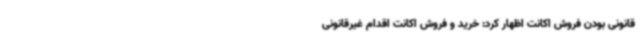
قانونی بودن فروش اکانت اظهار کرد: خرید و فروش اکانت اقدام غیرقانونی